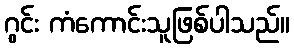
ဂွင်း ကံကောင်းသူဖြစ်ပါသည်။